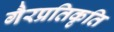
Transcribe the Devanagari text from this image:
गैरप्रतिकृति